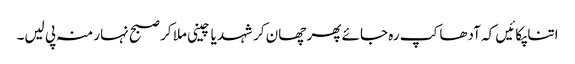
اتنا پکائیں کہ آدھا کپ رہ جائے پھر چھان کر شہد یا چینی ملا کر صبح نہار منہ پی لیں۔